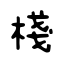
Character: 棧